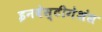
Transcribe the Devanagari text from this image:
इनवेस्टीगेशंस